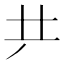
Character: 𠀗